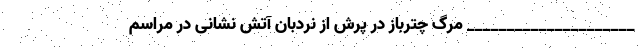
_____________________ مرگ چترباز در پرش از نردبان آتش نشانی در مراسم